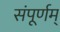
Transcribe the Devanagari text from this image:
संपूर्णम्‌